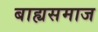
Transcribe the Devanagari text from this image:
बाह्यसमाज